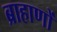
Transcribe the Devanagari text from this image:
ब्राहाणों